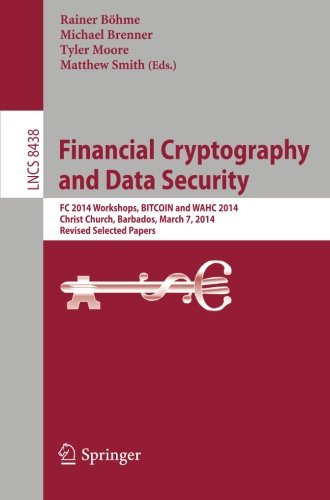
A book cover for Financial Cryptography and Data Security: FC 2014 Workshops, BITCOIN and WAHC 2014, Christ Church, Barbados, March 7, 2014, Revised Selected Papers ... Computer Science / Security and Cryptology); Computers & Technology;